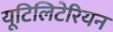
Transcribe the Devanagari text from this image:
यूटिलिटेरियन